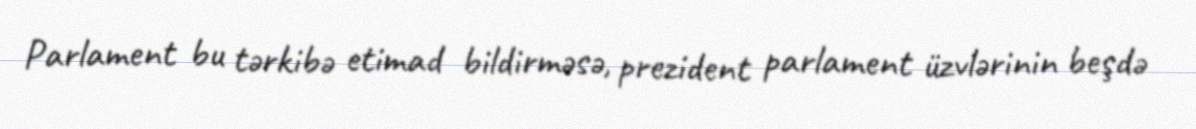
Parlament bu tərkibə etimad bildirməsə, prezident parlament üzvlərinin beşdə